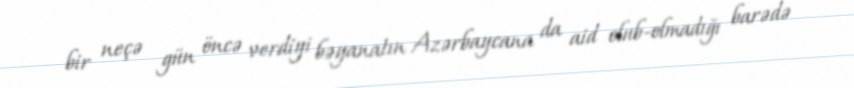
bir neçə gün öncə verdiyi bəyanatın Azərbaycana da aid olub-olmadığı barədə